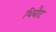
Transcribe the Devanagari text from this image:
थिबौट